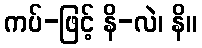
ကပ်-ဖြင့် နိ-လဲ၊ နိ။